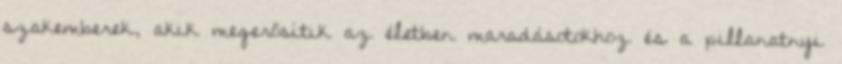
szakemberek, akik megerősítik az életben maradásotokhoz és a pillanatnyi